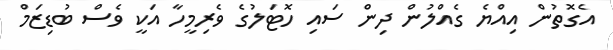
އެގޮތުން އިއްޔެ ގެއްލުން ދިން ސައި ހޮޓަލުގެ ވެރިމީހާ އަކީ ވެސް ބުޑިޒަމް